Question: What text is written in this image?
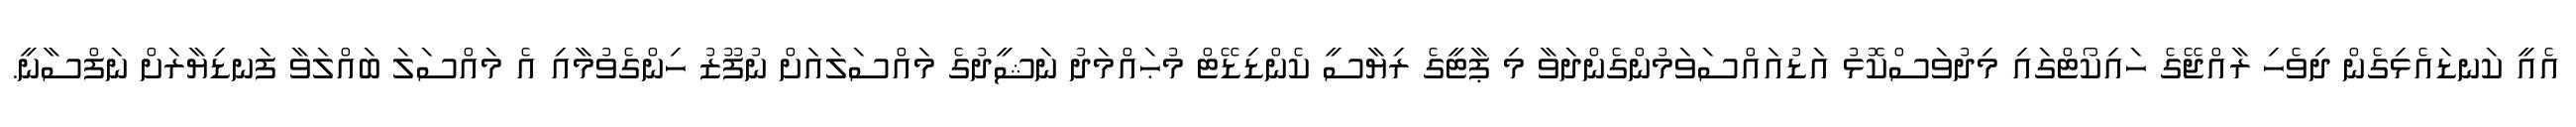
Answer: އެއީ ކަނޑައެޅިގެން ދިވެހި ރާއްޖޭގެ ހައިކޯޓްގައި މިދުވަސްކޮޅު އަޑުއައްސަވަމުންގެންދަވާ މި ޕާޓީގެ ރިޔާސީ ކެންޑިޑޭޓް މުޙައްމަދު ނަޝީދުގެ މައްސަލައަށް ނުފޫޒު ހިންގެވުމާއި އެ މައްސަލަ ބައްލަވާ ފަނޑިޔާރަށް ނަފްސާނީ.